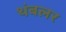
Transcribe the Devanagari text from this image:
थंबलर